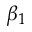
\beta _ { 1 }